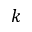
k